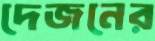
দেজনের